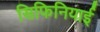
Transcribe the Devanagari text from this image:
सिफिनियाई